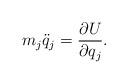
LaTeX: \begin{align*}m_j \ddot{q}_j = \frac{\partial U}{\partial q_j}.\end{align*}